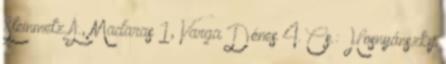
Steinmetz Á., Madaras 1, Varga Dénes 4. Cs.: Hosnyánszky